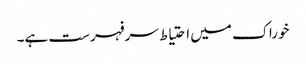
خوراک میں احتیاط سرفہرست ہے۔